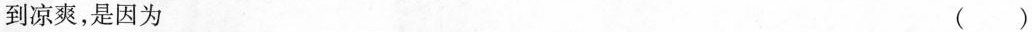
到凉爽，是因为 ( )